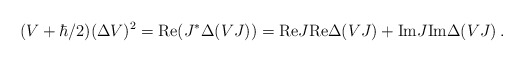
\begin{align*} (V+\hbar/2)(\Delta V)^2={\rm Re}(J^*\Delta(VJ))={\rm Re} J {\rm Re} \Delta(VJ) + {\rm Im} J {\rm Im} \Delta(VJ)\,.\end{align*}